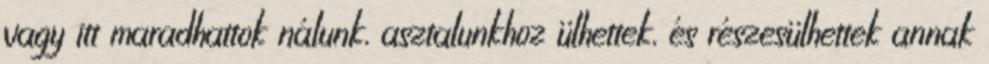
vagy itt maradhattok nálunk, asztalunkhoz ülhettek, és részesülhettek annak